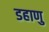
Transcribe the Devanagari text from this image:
डहाणु